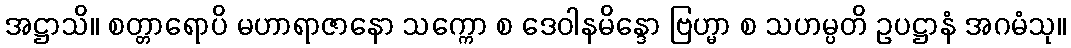
အဋ္ဌာသိ။ စတ္တာရောပိ မဟာရာဇာနော သက္ကော စ ဒေဝါနမိန္ဒော ဗြဟ္မာ စ သဟမ္ပတိ ဥပဋ္ဌာနံ အဂမံသု။